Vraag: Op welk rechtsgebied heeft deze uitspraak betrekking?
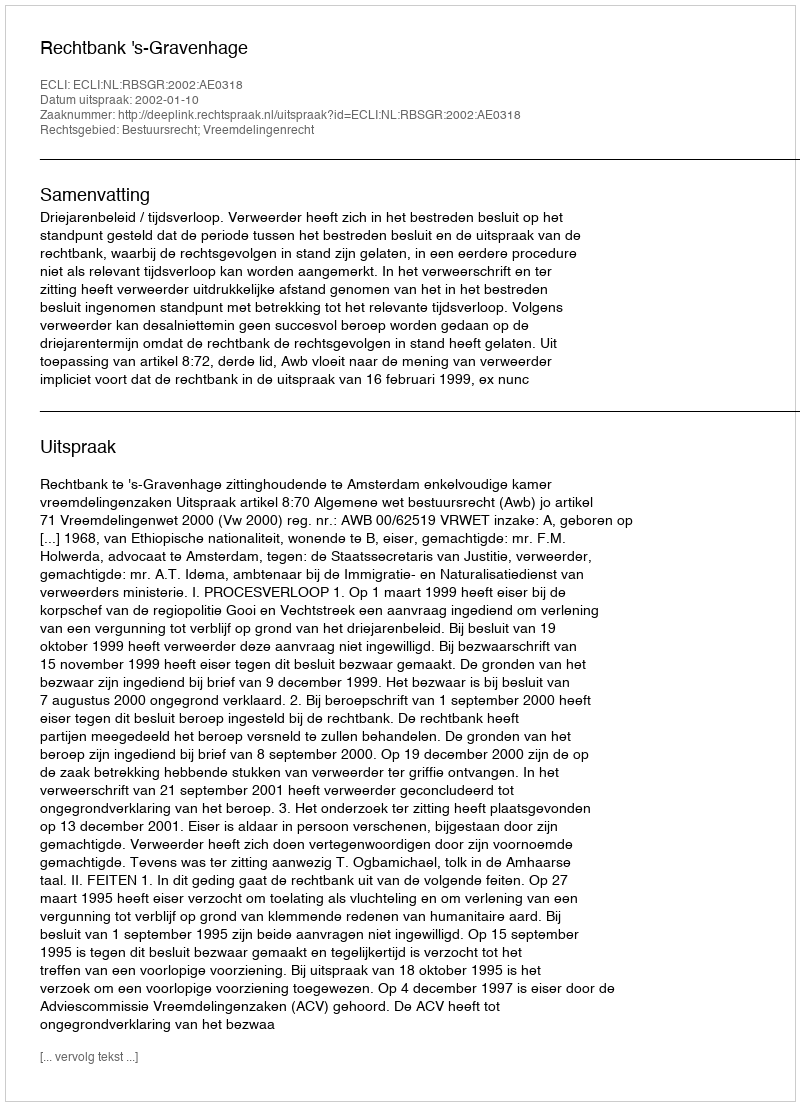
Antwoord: Bestuursrecht; Vreemdelingenrecht